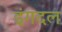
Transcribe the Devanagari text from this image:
इंगदल